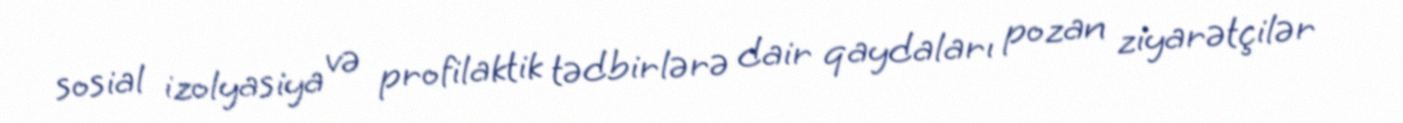
sosial izolyasiya və profilaktik tədbirlərə dair qaydaları pozan ziyarətçilər